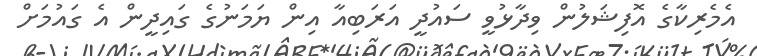
އެމެރިކާގެ އޮފިޝަލުން ވިދާޅުވީ ސައުދީ އަރަބިއާ އިން ޔަމަނުގެ ގައިދީން އެ ގައުމަށް